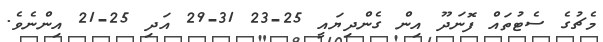
މެޗުގެ ސެޓުތައް ފޮނަދޫ އިން ގެންދިޔައީ 25-23 31-29 އަދި 25-21 އިންނެވެ.